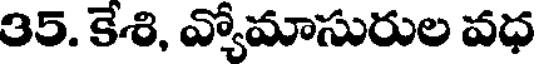
35. కేశి, వ్యోమాసురుల వధ